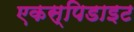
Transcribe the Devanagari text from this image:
एकस्पिडाइट